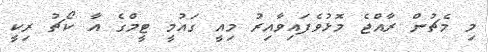
މި މެޗުން ރާއްޖެ މޮޅުވެފައިވާއިރު މިއީ ގައުމީ ޓީމްގެ އާ ކޯޗު ރިކީ